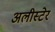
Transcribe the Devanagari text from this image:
अलीस्टेर